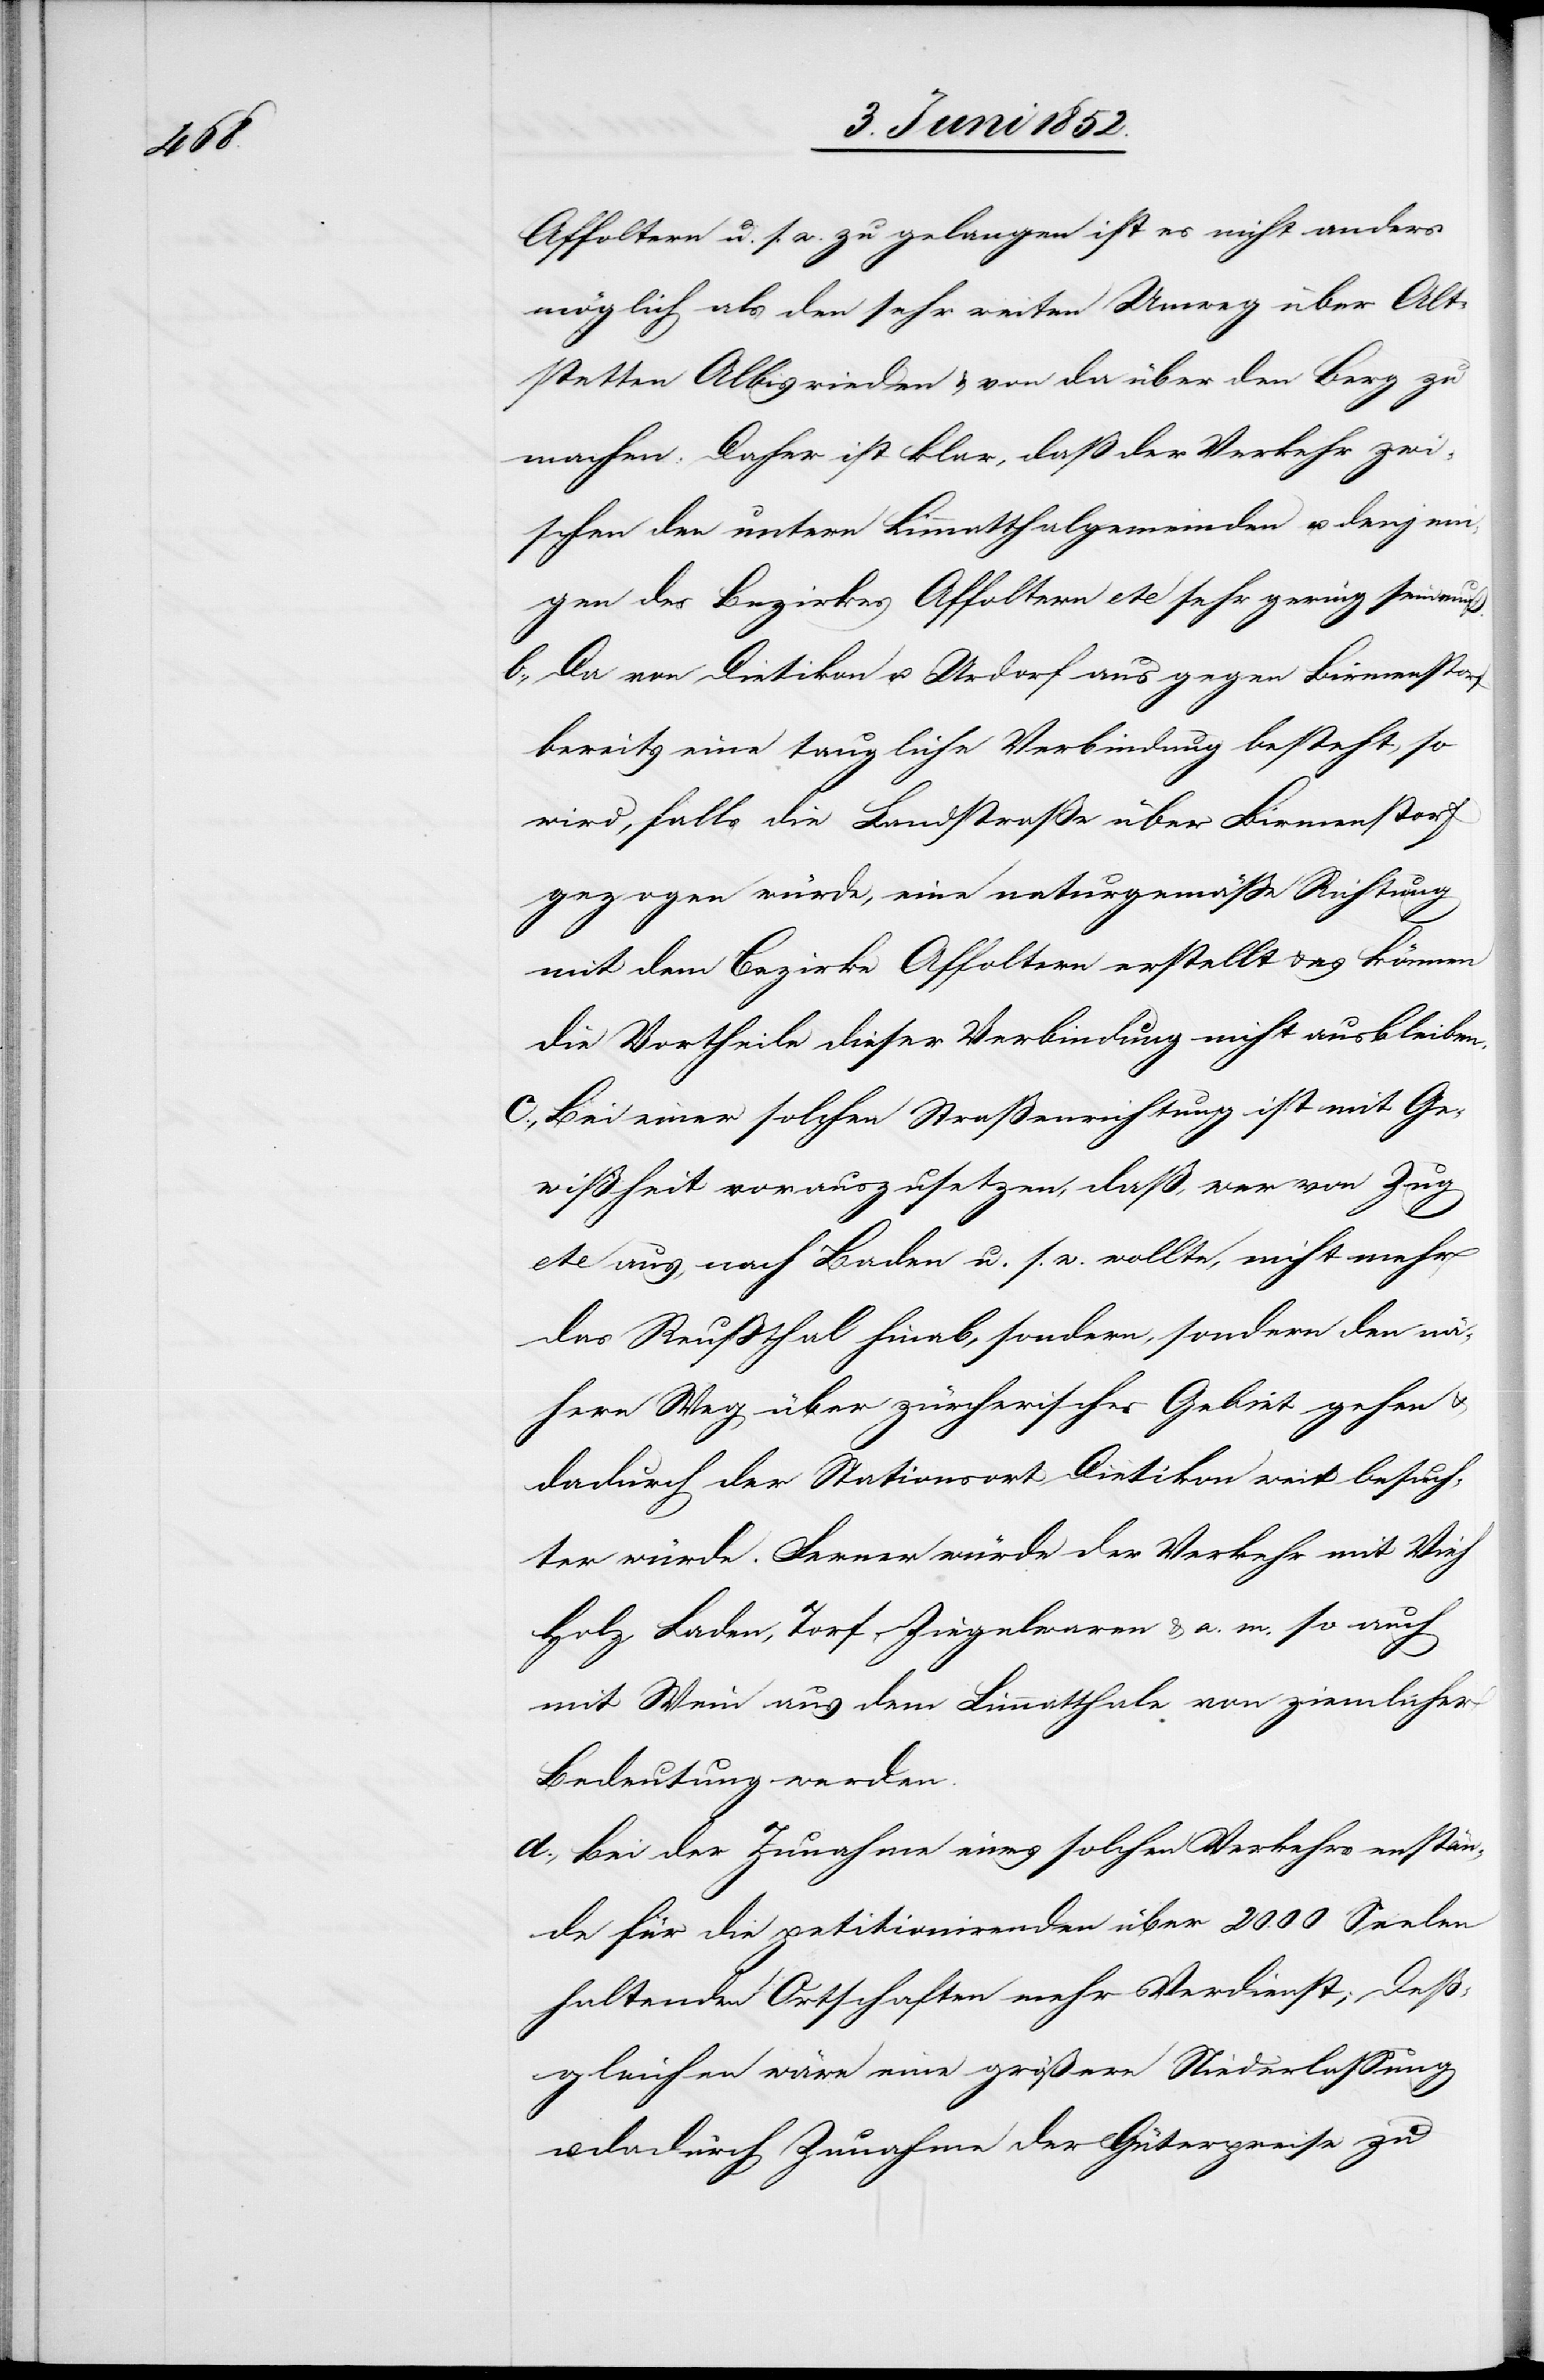
Affoltern u. s. w. zu gelangen ist es nicht anders
möglich als den sehr weiten Umweg über Alt¬
stetten[,] Albisrieden & von da über den Berg zu
machen. Daher ist klar, daß der Verkehr zwi¬
schen den untern Limmatthalgemeinden u. denjeni¬
gen des Bezirkes Affoltern etc sehr gering sein muß.
Da von Dietikon u. Urdorf aus gegen Birmenstorf
bereits eine taugliche Verbindung besteht, so
wird, falls die Landstraße über Birmenstorf
gezogen würde, eine naturgemässe Richtung
mit dem Bezirke Affoltern erstellt & es können
die Vortheile dieser Verbindung nicht ausbleiben.
Bei einer solchen Straßenrichtung ist mit Ge¬
wißheit vorauszusetzen, daß, wer von Zug
etc aus, nach Baden u. s. w. wollte, nicht mehr
das Reussthal hinab, sondern, sondern [sic!]
nähern Weg über zürcherisches Gebiet gehen &
dadurch der Stationsort Dietikon weit besuch¬
ter würde. Ferner würde der Verkehr mit Vieh[,]
Holz, Laden, Torf, Ziegelwaren & a. m. so auch
mit Wein aus dem Limmatthale von ziemlicher
Bedeutung werden.
Bei der Zunahme eines solchen Verkehrs en[t]stän¬
de für die petitionirenden über 2000 Seelen
haltenden Ortschaften mehr Verdienst; deß¬
gleichen wäre eine größere Niederlassung
dadurch Zunahme der Güterpreise zu